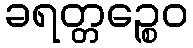
ခရတ္တဉ္စေဝ